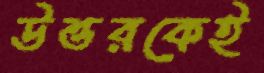
উত্তরকেই